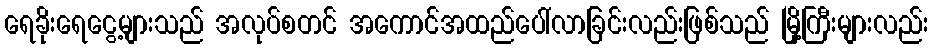
ရေခိုးရေငွေ့များသည် အလုပ်စတင် အကောင်အထည်ပေါ်လာခြင်းလည်းဖြစ်သည် မြို့ကြီးများလည်း